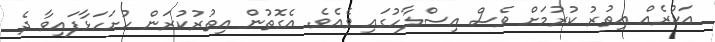
އަކުރެއް އިތުރު ކުރުމަށް ވެސް އިސްލާހުގައި ވެއެވެ. އެގޮތުން އިތުރުކުރަން ހުށަހަޅާފައިވާ ދެ